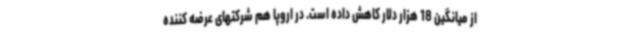
از میانگین 18 هزار دلار کاهش داده است. در اروپا هم شرکتهای عرضه کننده